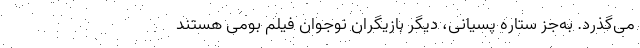
می‌گذرد. به‌جز ستاره پسیانی، دیگر بازیگران نوجوان فیلم بومی هستند